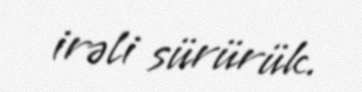
irəli sürürük.